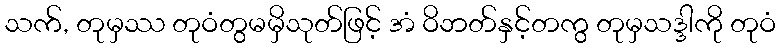
သက်, တုမှဿ တုဝံတွမမှိသုတ်ဖြင့် အံ ဝိဘတ်နှင့်တကွ တုမှသဒ္ဒါကို တုဝံ